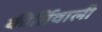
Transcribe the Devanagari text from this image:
कीर्तिवाली